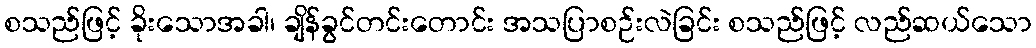
စသည်ဖြင့် ခိုးသောအခါ၊ ချိန်ခွင်တင်းတောင်း အသပြာစဉ်းလဲခြင်း စသည်ဖြင့် လည်ဆယ်သော